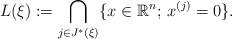
LaTeX: \begin{align*}L(\xi) := \underset{j \in J^*(\xi)}{\bigcap}\{x \in \mathbb{R}^n;\, x^{(j)} = 0\}.\end{align*}